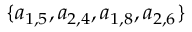
\{ a _ { 1 , 5 } , a _ { 2 , 4 } , a _ { 1 , 8 } , a _ { 2 , 6 } \}